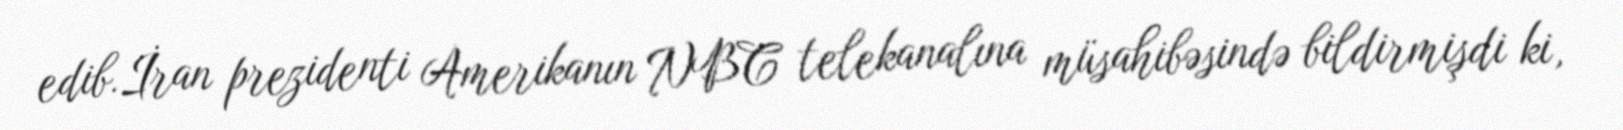
edib.İran prezidenti Amerikanın NBC telekanalına müsahibəsində bildirmişdi ki,